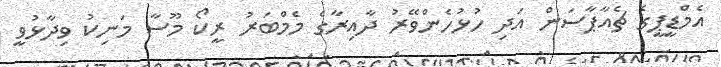
އެމްޑީޕީގެ ޗެއާޕާސަން އަދި ހުޅުހެންވޭރު ދާއިރާގެ މެމްބަރު ރީކޯ މޫސާ މަނިކު ވިދާޅުވީ